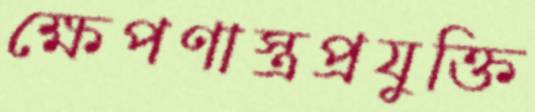
ক্ষেপণাস্ত্রপ্রযুক্তি